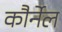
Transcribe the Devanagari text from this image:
कौर्नेल